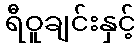
ရီဝူချင်းနှင့်